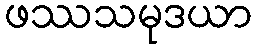
ဖဿသမုဒယာ